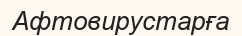
Афтовирустарға